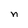
Character: n